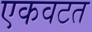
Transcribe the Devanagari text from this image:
एकवटत